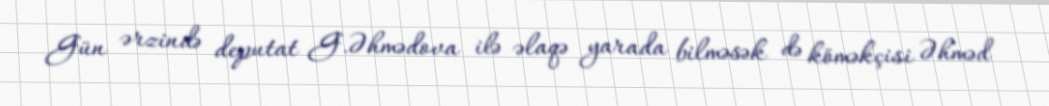
Gün ərzində deputat G.Əhmədova ilə əlaqə yarada bilməsək də köməkçisi Əhməd